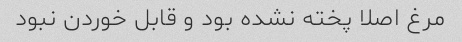
مرغ اصلا پخته نشده بود و قابل خوردن نبود